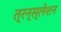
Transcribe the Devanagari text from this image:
त्रन्स्लेशन